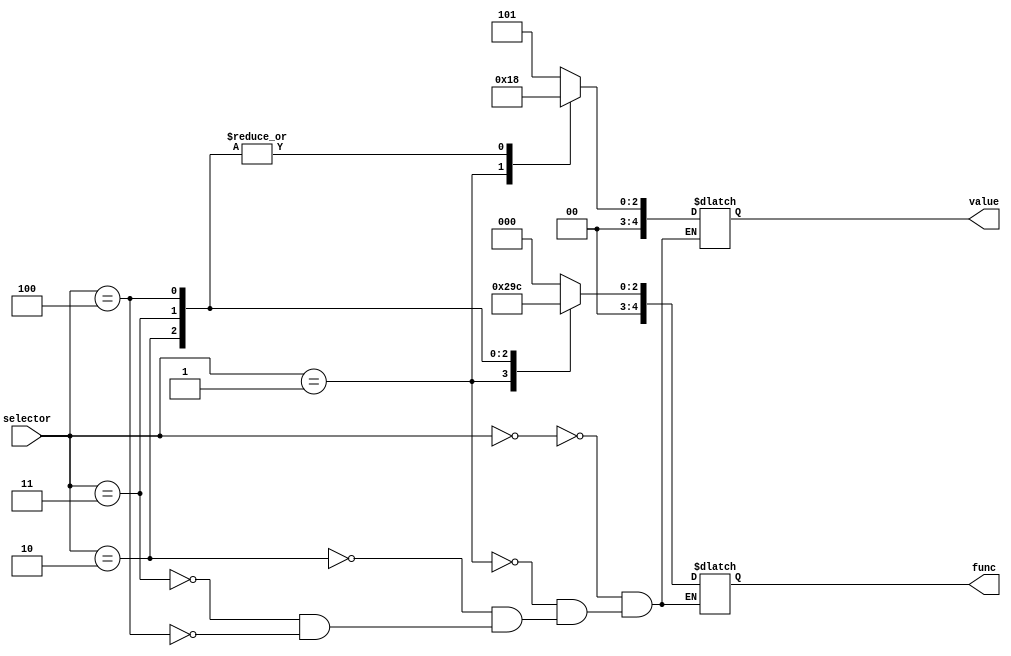
module memory(selector, func, value);

	input wire [4:0] selector;
	output reg [4:0] func, value;
	
	parameter
	A = 5,
	B = 3,
	
    // Comandos
	CLEARLD = 4'b0000,
	ADDLD = 4'b0001,
	ADD = 4'b0010,
	SHTR = 4'b0011,
	DISP = 4'b0100;
	
	always begin
		case(selector)
			CLEARLD: begin
				func <= 0;
				value <= A;
			end
			ADDLD: begin
				func <= 1;
				value <= B;
			end
			ADD: begin
				func <= 2;
				value <= 0;
			end
			SHTR: begin
				func <= 3;
				value <= 0;
			end
			DISP: begin
				func <= 4;
				value <= 0;
			end
		endcase
	end

endmodule